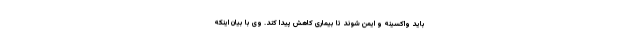
باید واکسینه و ایمن شوند تا بیماری کاهش پیدا کند. وی با بیان اینکه